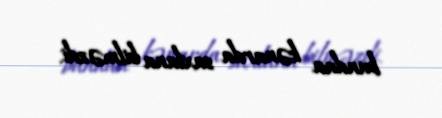
bundan kənarda saxlana bilməzdi.